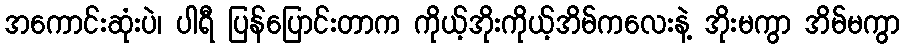
အကောင်းဆုံးပဲ၊ ပါရီ ပြန်ပြောင်းတာက ကိုယ့်အိုးကိုယ့်အိမ်ကလေးနဲ့ အိုးမကွာ အိမ်မကွာ